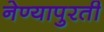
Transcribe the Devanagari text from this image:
नेण्यापुरती